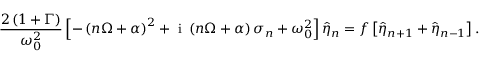
\frac { 2 \left( 1 + \Gamma \right) } { \omega _ { 0 } ^ { 2 } } \left[ - \left( n \Omega + \alpha \right) ^ { 2 } + \mathrm { ~ i ~ } \left( n \Omega + \alpha \right) \sigma _ { n } + \omega _ { 0 } ^ { 2 } \right] \hat { \eta } _ { n } = f \left[ \hat { \eta } _ { n + 1 } + \hat { \eta } _ { n - 1 } \right] .